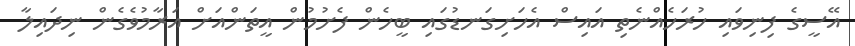
އޭސީގެ ފިނިވައި ހުރަހެއްނެތި އައިސް އެހަށިގަނޑުގައި ބީހެން ފެށުމުން އީތަންއަށް އަރާމުވެގެން ނިދައިލާ